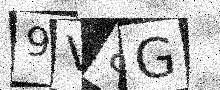
Text: 9V8G